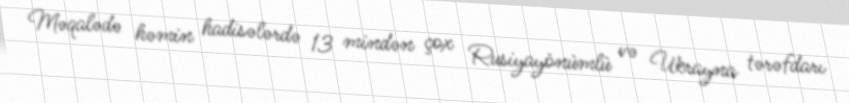
Məqalədə həmin hadisələrdə 13 mindən çox Rusiyayönümlü və Ukrayna tərəfdarı